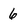
Character: 6